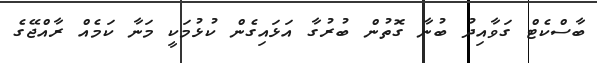
ބާސްކެޓް ގަވާއިދު ބުނާ ގޮތުން ބުރުގާ އަޅައިގެން ކުޅުމަކީ މަނާ ކަމެއް ރާއްޖޭގެ